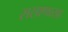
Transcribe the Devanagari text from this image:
ससाणासह